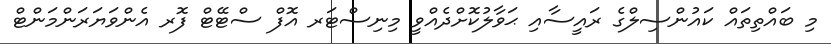
މި ބައްތިތައް ކައުންސިލްގެ ރައީސާއި ޙަވާލުކޮށްދެއްވީ މިނިސްޓަރ އޮފް ސްޓޭޓް ފޮރ އެންވަޔަރަންމަންޓް